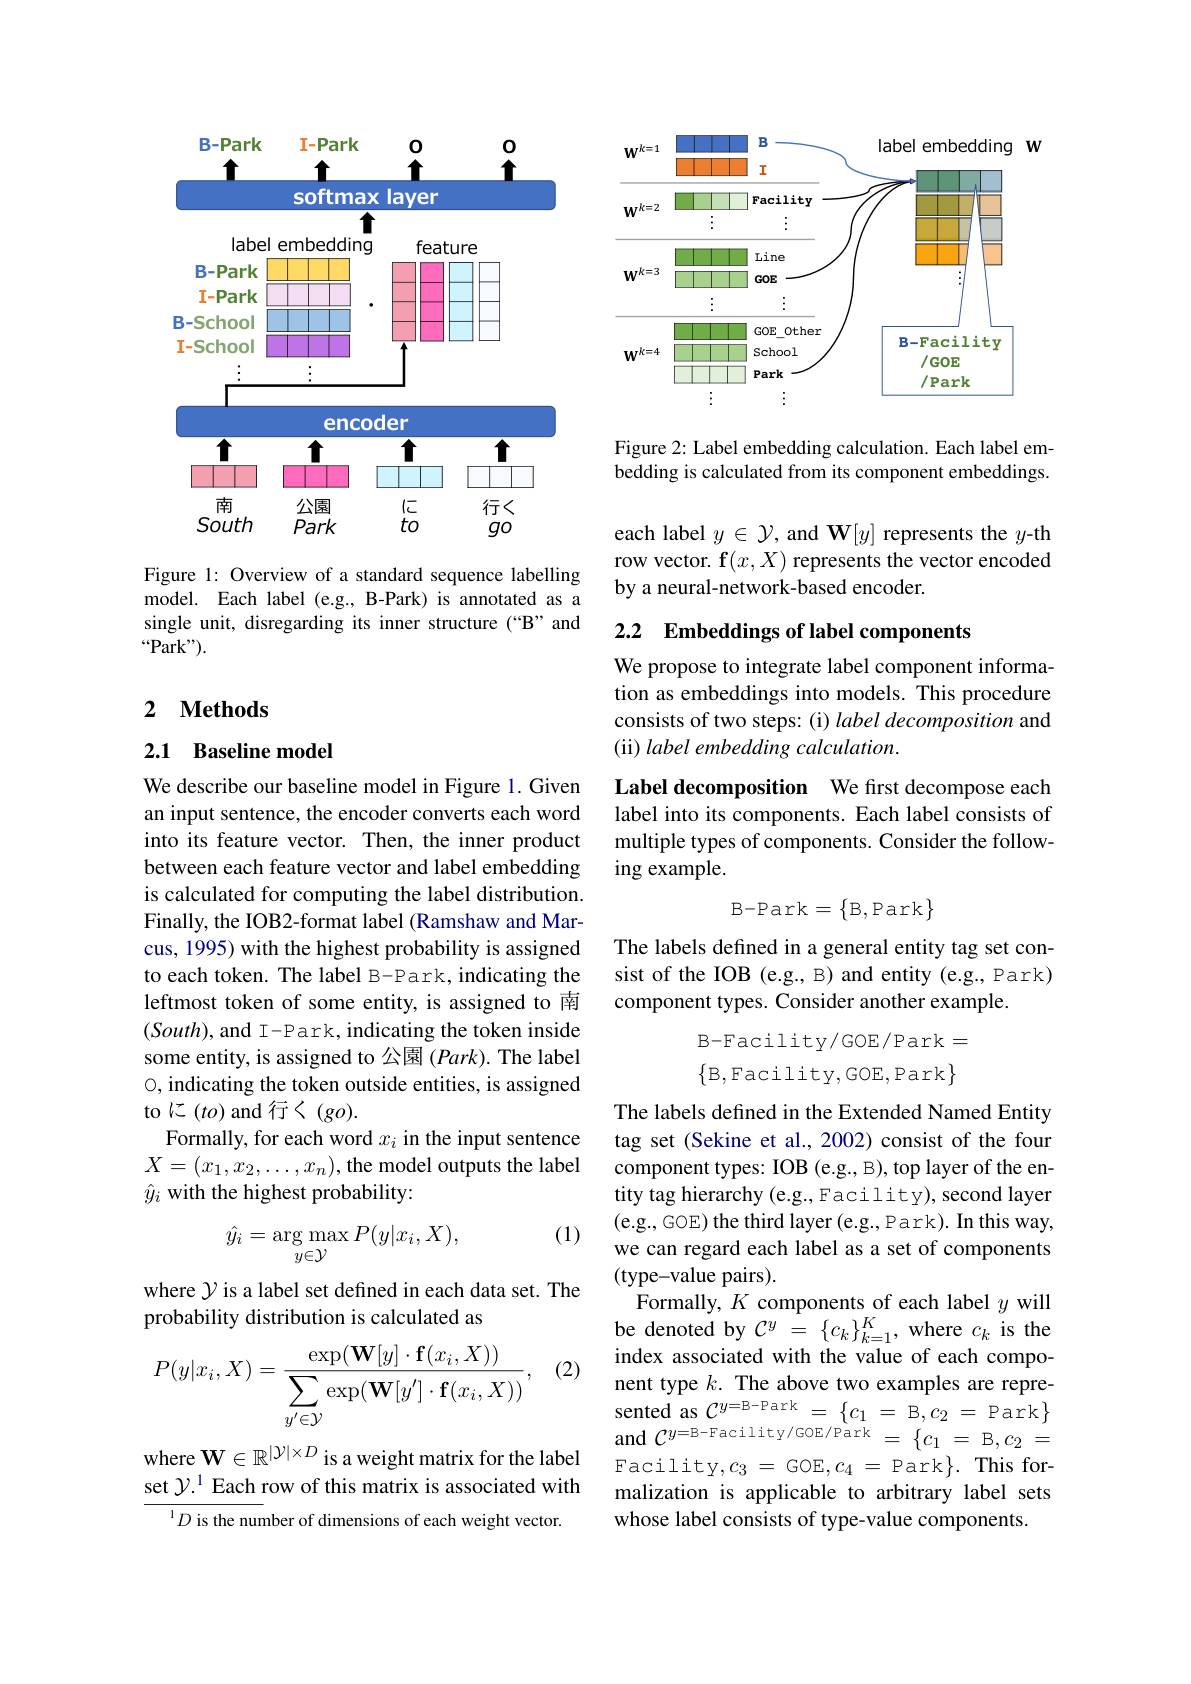
<FigureHere>

Figure 1: Overview of a standard sequence labelling model. Each label (e.g., B-Park) is annotated as a single unit, disregarding its inner structure (“B” and $“$Park").

## 2 $\textbf{Methods}$

2.1 Baseline model

We describe our baseline model in Figure 1. Given an input sentence, the encoder converts each word into its feature vector. Then, the inner product between each feature vector and label embedding is calculated for computing the label distribution. Finally, the IOB2-format label (Ramshaw and Marcus, 1995) with the highest probability is assigned to each token. The label B-Park, indicating the leftmost token of some entity, is assigned to 南$(South)$,and I-Park, indicating the token inside some entity, is assigned to 公園$(Park).$ The label 0, indicating the token outside entities, is assigned to に $(to)$ and 行く$(go).$
Formally, for each word $x_i$ in the input sentence $X=(x_1,x_2,\ldots,x_n)$,the model outputs the label $\hat{y}_i$ with the highest probability:

(1)
$$\hat{y_i}=\arg\max_{y\in\mathcal{Y}}P(y|x_i,X),$$
where $\mathcal{Y}$ is a label set defined in each data set. The
probability distribution is calculated as

(2)
$$P(y|x_i,X)=\frac{\exp(\mathbf{W}[y]\cdot\mathbf{f}(x_i,X))}{\sum_{y'\in\mathcal{Y}}\exp(\mathbf{W}[y']\cdot\mathbf{f}(x_i,X))},$$
where $\mathbf{W}\in\mathbb{R}^{|\mathcal{Y}|\times D}$ is a weight matrix for the label set $\mathcal{Y}^{1}$ Each row of this matrix is associated with
$^{1}D$ is the number of dimensions of each weight vector.

<FigureHere>

Figure 2: Label embedding calculation. Each label embedding is calculated from its component embeddings.

each label $y\in\mathcal{Y}$, and W$[y]$ represents the $y$-th row vector. f$(x,X)$ represents the vector encoded by a neural-network-based encoder.

## 2.2 Embeddings of label components

We propose to integrate label component information as embeddings into models. This procedure consists of two steps: (i) label decomposition and (ii) label embedding calculation.

Label decomposition We frst decompose each label into its components. Each label consists of multiple types of components. Consider the following example.
$$\mathrm{B-Park}=\begin{Bmatrix}{B,Park}\end{Bmatrix}$$
The labels defined in a general entity tag set consist of the IOB (e.g., B) and entity (e.g., Park) component types. Consider another example.
$$\text{B-Facility/GOE/Park}=\\\begin{Bmatrix}\text{B,Facility,GOE,Park}\end{Bmatrix}$$
The labels defined in the Extended Named Entity tag set (Sekine et al., 2002) consist of the four component types: IOB (e.g., B), top layer of the entity tag hierarchy (e.g., Facility), second layer (e.g., GOE) the third layer (e.g., Park). In this way, we can regard each label as a set of components (type-value pairs).
Formally, $K$ components of each label $y$ will be denoted by $C^y$ = $\{ c_k\} _{k= 1}^K$, where $c_k$ is the index associated with the value of each component type $k.$ The above two examples are represented as $C^{y=\mathrm{B-Park}}=\begin{Bmatrix}c_{1}&=&\mathrm{B,}c_{2}&=&\mathrm{Park}\end{Bmatrix}$and $C^y=\mathrm{B-Facility/GOE/Park}=\begin{Bmatrix}c_{1}&=&\mathrm{B,}c_{2}&=&\end{cases}$ Facility$,c_3=$GOE$,c_4=$Park$\}.$This formalization is applicable to arbitrary label sets whose label consists of type-value components.